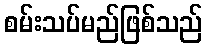
စမ်းသပ်မည်ဖြစ်သည်